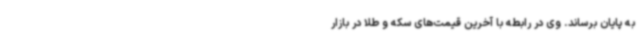
به پایان برساند. وی در رابطه با آخرین قیمت‌های سکه و طلا در بازار